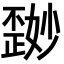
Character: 𪴽